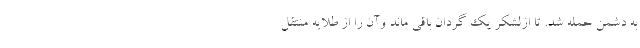
به دشمن حمله شد. تا ازلشکر یک گردان باقی ماند وآن را از طلایه منتقل